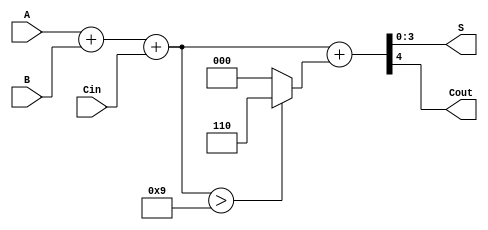
module BCD_Ripple_Carry_Adder (
    input [3:0] A,     // BCD digit A
    input [3:0] B,     // BCD digit B
    input Cin,         // Carry input
    output reg [3:0] S, // BCD result
    output reg Cout      // Carry output
);

// Internal wires for the binary sum and carry
wire [4:0] sum; // 5 bits to accommodate carry
wire [4:0] corrected_sum;

// Full adder instances to perform binary addition
assign sum = A + B + Cin;

// Check if the sum exceeds 9 (1001)
assign corrected_sum = sum + (sum > 9 ? 6 : 0);

// Assign outputs
always @* begin
    S = corrected_sum[3:0]; // Get the lower 4 bits for the BCD result
    Cout = corrected_sum[4]; // Get the carry output
end

endmodule